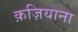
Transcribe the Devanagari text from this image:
क़ज़ियाना